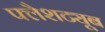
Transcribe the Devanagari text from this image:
फ्लैशट्यूब